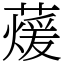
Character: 蕿